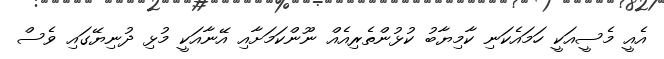
އެއީ މެސީއަކީ ހަމައެކަނި ކާމިޔާބު ކުޅުންތެރިއެއް ނޫންކަމަށާއި އޭނާއަކީ މުޅި ދުނިޔޭގައި ވެސް